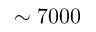
\sim 7 0 0 0